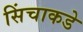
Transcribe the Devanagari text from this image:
सिंचाकडे